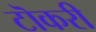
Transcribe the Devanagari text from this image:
टॊकरी